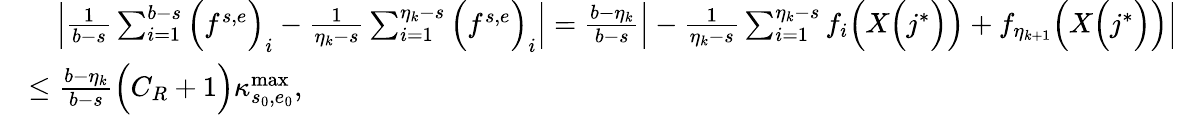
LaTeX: \begin{array}{rl}&{\quad\Big|\frac{1}{b-s}\sum_{i=1}^{b-s}\Big(f^{s,e}\Big)_{i}-\frac{1}{\eta_{k}-s}\sum_{i=1}^{\eta_{k}-s}\Big(f^{s,e}\Big)_{i}\Big|=\frac{b-\eta_{k}}{b-s}\Big|-\frac{1}{\eta_{k}-s}\sum_{i=1}^{\eta_{k}-s}f_{i}\Big(X\Big(j^{*}\Big)\Big)+f_{\eta_{k+1}}\Big(X\Big(j^{*}\Big)\Big)\Big|}\\ &{\leq\frac{b-\eta_{k}}{b-s}\Big(C_{R}+1\Big)\kappa_{s_{0},e_{0}}^{\operatorname*{max}},}\end{array}